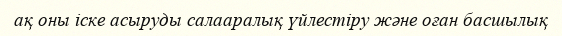
ақ оны іске асыруды салааралық үйлестіру және оған басшылық